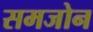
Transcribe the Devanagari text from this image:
समजोन